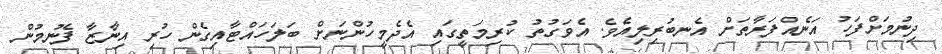
ދިނުމަށްފަހު އަނެއްފަރާތަށް އެނބުރިލިއެވެ. އެވަގުތު ކުރިމަތީގައި އެދެމީހުންނަށް ބަލަހައްޓާއިގެން ހުރި އިނާޒާ ފެނުމުން